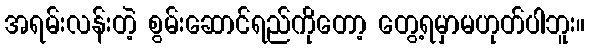
အရမ်းလန်းတဲ့ စွမ်းဆောင်ရည်ကိုတော့ တွေ့ရမှာမဟုတ်ပါဘူး။